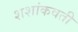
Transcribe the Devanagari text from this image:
शशांकवती